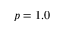
p = 1 . 0